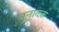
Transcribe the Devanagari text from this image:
नूनातक़